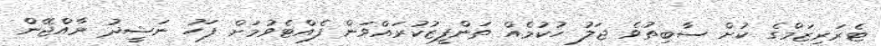
ޓެރަރިޒަމްގެ ކުށް ސާބިތުވެ ޖަލު ހުކުމެއް ތަންފީޒުކުރައްވަން ފެއްޓެވުމަށް ފަހު ނަޝީދު ރާއްޖޭން